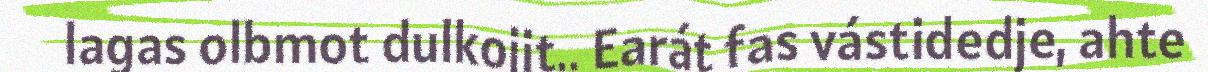
lagas olbmot dulkojit.. Earát fas vástidedje, ahte